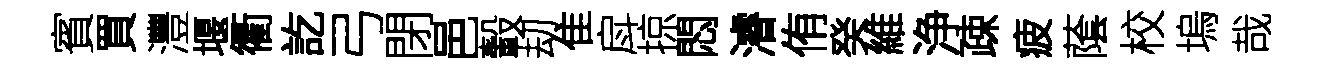
賓買灃堰衢訖弓閉邑轂刧隹戽掠悶濬侑癸維浄疎疲䕃校塢哉